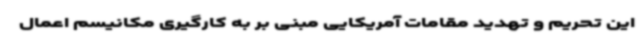
این تحریم و تهدید مقامات آمریکایی مبنی بر به کارگیری مکانیسم اعمال